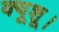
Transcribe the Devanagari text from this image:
क्यूशू।